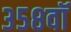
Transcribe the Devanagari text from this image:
३५८वॉ